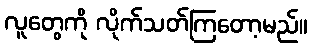
လူတွေကို လိုက်သတ်ကြတော့မည်။